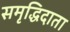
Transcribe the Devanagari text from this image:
समृद्धिदाता